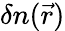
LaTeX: \delta n(\vec{r})